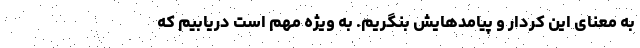
به معنای این کردار و پیامدهایش بنگریم. به ویژه مهم است دریابیم که